King Institute of Preventive Medicine Micro-Biological Section reports 1912-19
Year: 1912
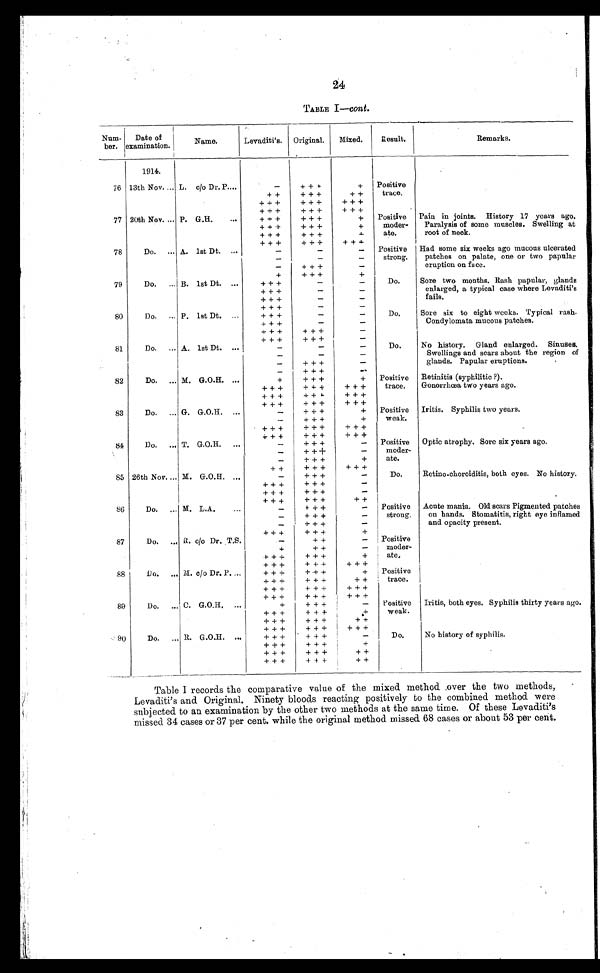
24
TABLE I—cont.
Num-
ber.
Date of
examination.
Name.
Levaditi's. Original.
Mixed.
Result.
Remarks.
1914.
76 13th Nov. ... L. c/o Dr. P....
-
+++
+ Positive
trace.
++
+++
++
+++
+++
+++
+++
+++
+++
77 20th Nov. ... P. G.H.
...
+++
+++
+
Positive
moder-
ate.
Pain in joints. History 17 years ago.
Paralysis of some muscles. Swelling at
root of neck.
+++
+++
+
+++
+++
+
+++
+++
+++
78
Do. ... A. 1st Dt. ...
-
-
- Positive
strong.
Had some six weeks ago mucous ulcerated
patches on palate, one or two papular
eruption on face.
-
-
-
-
+++
-
+
+++
+
79
Do. ... B. 1st Dt. ...
+++
-
-
Do.
Sore two months. Rash papular, glands
enlarged, a typical case where Levaditi's
fails.
+++
-
-
+++
-
-
+++
-
-
80
Do. ... P. 1st Dt.
+++
-
-
Do.
Sore six to eight weeks. Typical rash.
Condylomata mucous patches.
+++
-
-
+++
+++
-
+++
+++
-
81
Do. ... A. 1st Dt. ...
-
-
-
Do.
No history. Gland enlarged. Sinuses.
Swellings and scars about the region of
glands. Papular eruptions.
-
-
-
-
+++
-
-
+++
-
82
Do. ... M. G.O.H. ...
+
+++
+ Positive
trace.
Retinitis (syphilitic ?).
Gonorrhœa two years ago.
+++
+++
+++
+++
+++
+++
+++
+++
+++
83
Do. ... G. G.O.H. ...
-
+++
+ Positive
weak.
Iritis. Syphilis two years.
_
+ + +
+
+++
+++
+++
+++
+++
+++
84
Do. ... T. G.O.H. ...
-
+++
- Positive
moder-
ate.
Optic atrophy, Sore six years ago.
-
+++
-
-
+++
+
++
+++
+++
85 26th Nov. ... M. G.O.H. ...
-
+++
-
Do.
Retino.choroiditis, both eyes. No history.
+++
+++
-
+++
+++
-
+++
+++
++
86
Do. ... M. L.A.
...
-
+++
- Positive
strong.
Acute mania. Old scars Pigmented patches
on hands. Stomatitis, right eye inflamed
and opacity present.
-
+++
-
- +++
-
+++
+++
+
87
Do. ... R. c/o Dr. T.S.
-
++
- Positive
moder
-ate,
+
++
-
+++
+++
+
+++
+++
+++
88
Do. ... M. c/o Dr. P. ...
+++
+++
+ Positive
trace.
+ + +
+ + +
+ +
+++
+++
+++
+++
+++
+++
89
Do. _. C. G.O.H. ...
+
+++
- Positive
weak.
Iritis, both eyes. Syphilis thirty years ago.
+++
+++
+
+++
+++
++
+++
+++
+++
90
Do. ... R. G.O.H. ...
+++
+++
-
Do.
No history of syphilis.
+++
+++
+
+++
+++
++
+++
+++
++
Table I records the comparative value of the mixed method .over the two methods,
Levaditi's and Original. Ninety bloods reacting positively to the combined method were
subjected to an examination by the other two methods at the same time. Of these Levaditi's
missed 34 cases or 37 per cent. while the original method missed 68 cases or about 53 per cent.